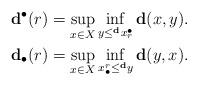
LaTeX: \begin{align*}\mathbf{d}^\bullet(r)&=\sup_{x\in X}\inf_{y\leq^\mathbf{d}x^\bullet_r}\mathbf{d}(x,y).\\\mathbf{d}_\bullet(r)&=\sup_{x\in X}\inf_{x_\bullet^r\leq^\mathbf{d}y}\mathbf{d}(y,x).\end{align*}